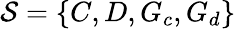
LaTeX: \mathcal{S}=\{ C,D,G_{c},G_{d}\}